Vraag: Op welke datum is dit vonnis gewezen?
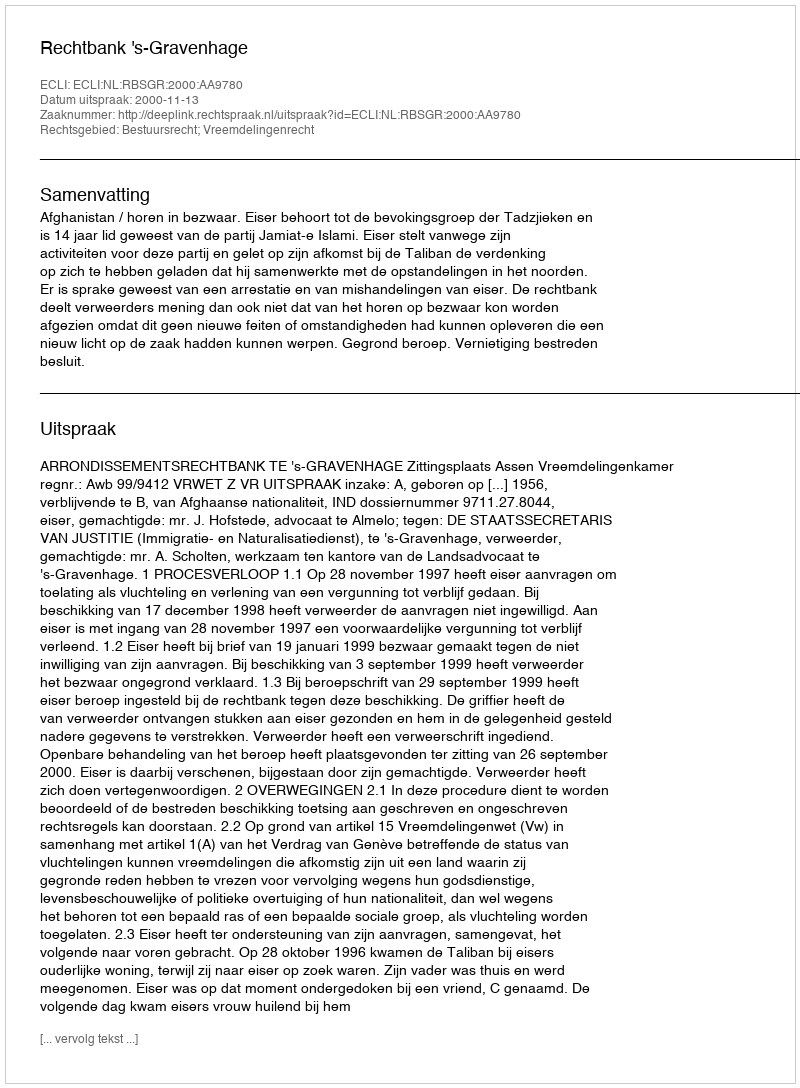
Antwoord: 2000-11-13